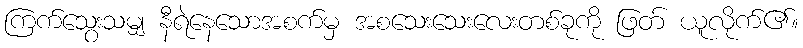
ကြက်သွေးသမျှ နီရဲနေသောအစက်မှ အစသေးသေးလေးတစ်ခုကို ဖြတ် ယူလိုက်၏။